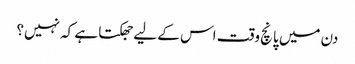
دن میں پانچ وقت اس کے لیے جھکتا ہے کہ نہیں؟